Lunatic asylums Punjab 1881-1894 - 1881-1894
Year: 1881
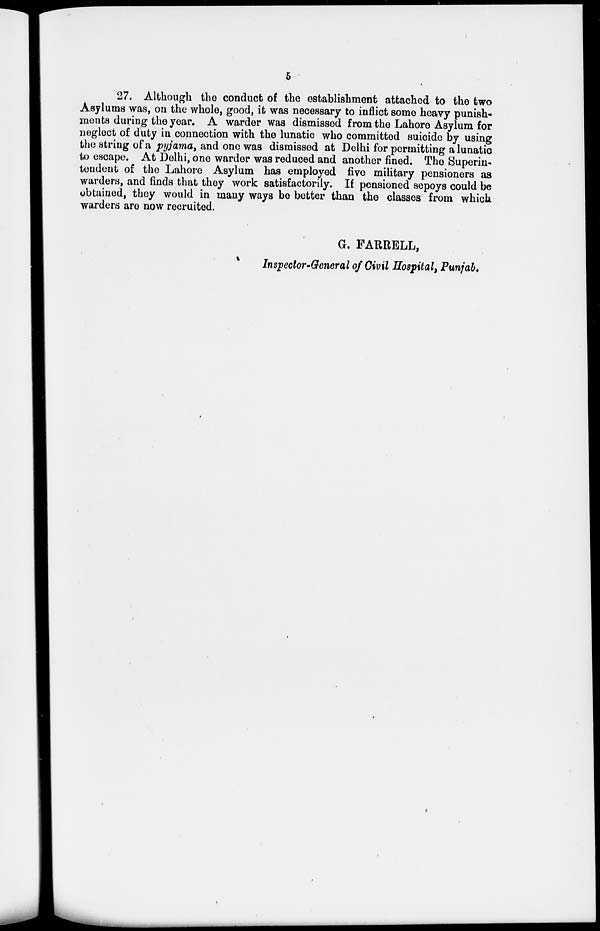
5
27. Although the conduct of the establishment attached to the two
Asylums was, on the whole, good, it was necessary to inflict some heavy punish-
ments during the year. A warder was dismissed from the Lahore Asylum for
neglect of duty in connection with the lunatic who committed suicide by using
the string of a pyjama, and one was dismissed at Delhi for permitting a lunatic
to escape. At Delhi, one warder was reduced and another fined. The Superin-
tendent of the Lahore Asylum has employed five military pensioners as
warders, and finds that they work satisfactorily. If pensioned sepoys could be
obtained, they would in many ways be better than the classes from which
warders are now recruited.
G. FARRELL,
Inspector-General of Civil Hospital, Punjab.